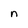
Character: n